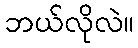
ဘယ်လိုလဲ။